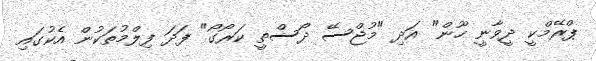
ޕްރޭމްކީ ދީވާނީ ހޫން" އަދި "މުޖްސޭ ދޯސްތީ ކަރޯގޯ" ފަދަ ފިލްމުތަކުން އެކުގައި